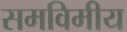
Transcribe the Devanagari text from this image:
समविमीय